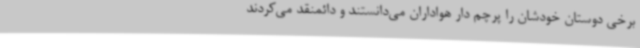
برخی دوستان خودشان را پرچم دار هواداران می‌دانستند و دائمنقد می‌کردند